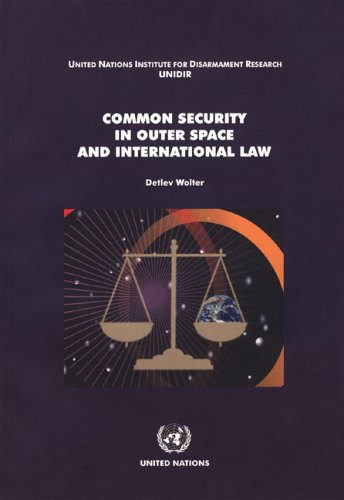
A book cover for Common Security in Outer Space and International Law; United Nations; Law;